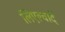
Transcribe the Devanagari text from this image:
लिएल्वार्दे